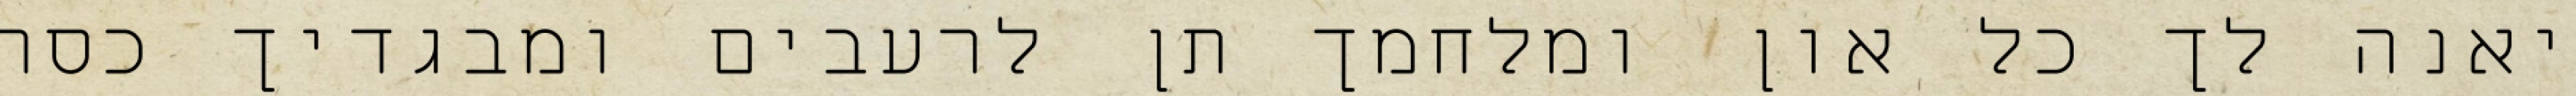
יאנה לך כל און ומלחמך תן לרעבים ומבגדיך כסה